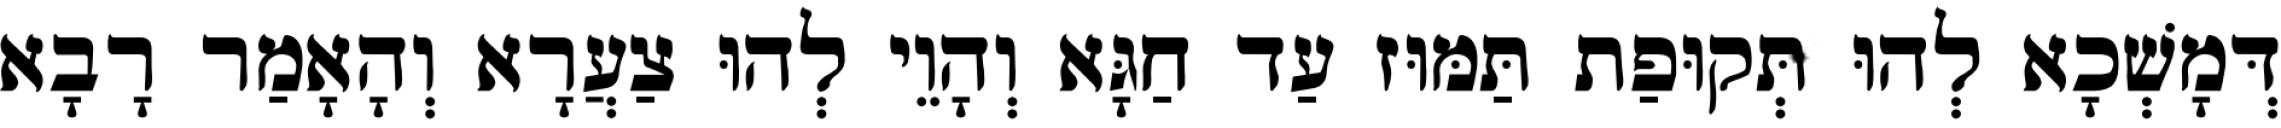
דְּמָשְׁכָא לְהוּ תְּקוּפַת תַּמּוּז עַד חַגָּא וְהָוֵי לְהוּ צַעֲרָא וְהָאָמַר רָבָא